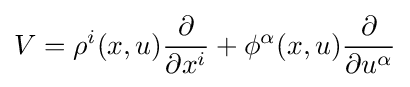
V=\rho ^{i}(x,u){\frac {\partial }{\partial x^{i}}}+\phi ^{\alpha }(x,u){\frac {\partial }{\partial u^{\alpha }}}